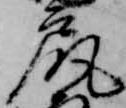
尻